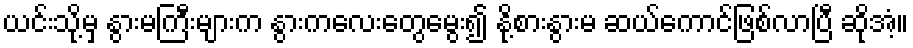
ယင်းသို့မှ နွားမကြီးများက နွားကလေးတွေမွေး၍ နို့စားနွားမ ဆယ်ကောင်ဖြစ်လာပြီ ဆိုအံ့။